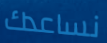
نساعدك